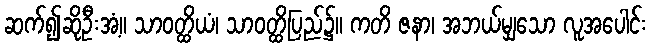
ဆက်၍ဆိုဦးအံ့။ သာဝတ္ထိယံ၊ သာဝတ္ထိပြည်၌။ ကတိ ဇနာ၊ အဘယ်မျှသော လူအပေါင်း